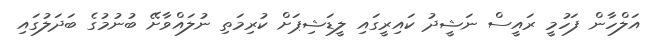
އަލްހާން ފަހުމީ ރައީސް ނަޝީދު ކައިރީގައި ލީޑަޝިޕަށް ކުރިމަތި ނުލައްވާށޭ ބުނުމުގެ ބަދަލުގައި